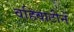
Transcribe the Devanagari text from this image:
वहिवाटीनें